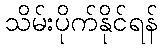
သိမ်းပိုက်နိုင်ရန်